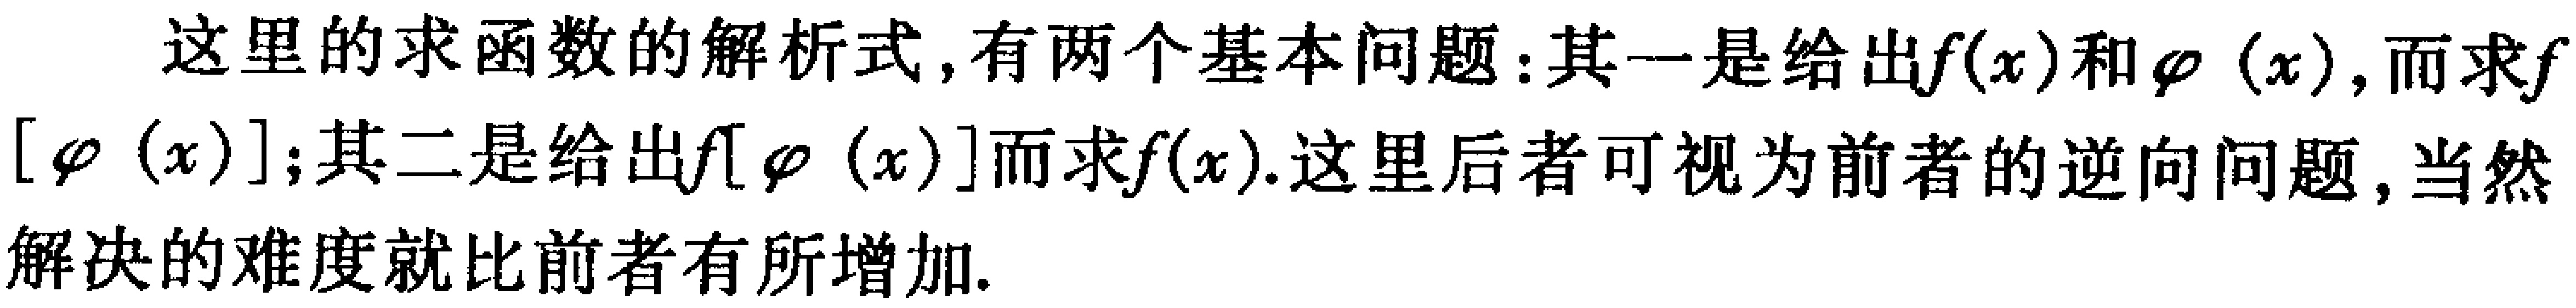
这里的求函数的解析式,有两个基本问题:其一是给出\(f(x)\)和\(\varphi(x)\),而求\(f[\varphi(x)]\);其二是给出\(f[\varphi(x)]\)而求\(f(x)\).这里后者可视为前者的逆向问题,当然解决的难度就比前者有所增加.